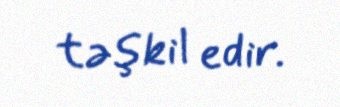
təşkil edir.